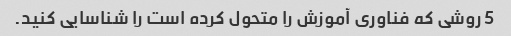
5 روشی که فناوری آموزش را متحول کرده است را شناسایی کنید.